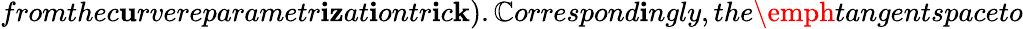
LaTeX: fromthec\mathbf{u}rvereparametr\mathbf{i}\mathbf{z}at\mathbf{i}ontr\mathbf{i}c\mathbf{k}).\mathbb{C}orrespond\mathbf{i}ngly,the\emph{{tangentspace}}to